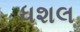
ધશલ